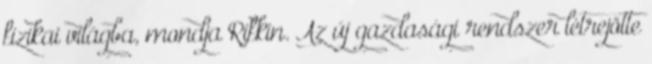
fizikai világba, mondja Rifkin. Az új gazdasági rendszer létrejötte